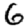
Digit: 6